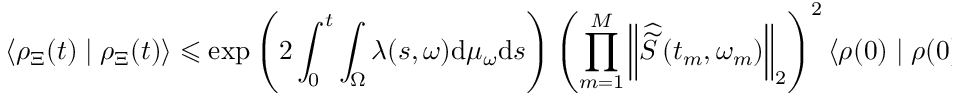
\left\langle \rho _ { \Xi } ( t ) \mid \rho _ { \Xi } ( t ) \right\rangle \leqslant \exp \left( 2 \int _ { 0 } ^ { t } \int _ { \Omega } \lambda ( s , \omega ) \mathrm { d } \mu _ { \omega } \mathrm { d } s \right) \left( \prod _ { m = 1 } ^ { M } \left\| \widehat { \widetilde { S } } \left( t _ { m } , \omega _ { m } \right) \right\| _ { 2 } \right) ^ { 2 } \langle \rho ( 0 ) \mid \rho ( 0 ) \rangle ,